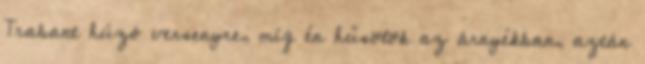
Trabant húzó versenyre, míg én hűsölök az árnyékban, aztán